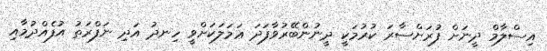
އިސްލާމް ދީނަށް ފުރަށްސާރަ ކުރުމަކީ ދީނުންބޭރުވާފަދަ ޢަމަލަކަށްވީ ހިނދު އަދި ނަފްރަތު އުފެއްދުމާއި